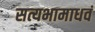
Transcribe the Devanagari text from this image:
सत्यभामाधवं